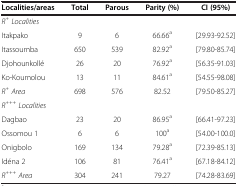
| Localities/areas | Total | Parous | Parity (%) | CI (95%) |
 | --- | --- | --- | --- | --- |
 | R+Localities |  |  |  |  |
 | Itakpako | 9 | 6 | 66.66a | [29.93-92.52] |
 | Itassoumba | 650 | 539 | 82.92a | [79.80-85.74] |
 | Djohounkollé | 26 | 20 | 76.92a | [56.35-91.03] |
 | Ko-Koumolou | 13 | 11 | 84.61a | [54.55-98.08] |
 | R+Area | 698 | 576 | 82.52 | [79.50-85.27] |
 | R+++Localities |  |  |  |  |
 | Dagbao | 23 | 20 | 86.95a | [66.41-97.23] |
 | Ossomou 1 | 6 | 6 | 100a | [54.00-100.0] |
 | Onigbolo | 169 | 134 | 79.28a | [72.39-85.13] |
 | Idéna 2 | 106 | 81 | 76.41a | [67.18-84.12] |
 | R+++Area | 304 | 241 | 79.27 | [74.28-83.69] |